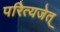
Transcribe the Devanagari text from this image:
परित्यजेत्